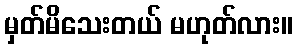
မှတ်မိသေးတယ် မဟုတ်လား။